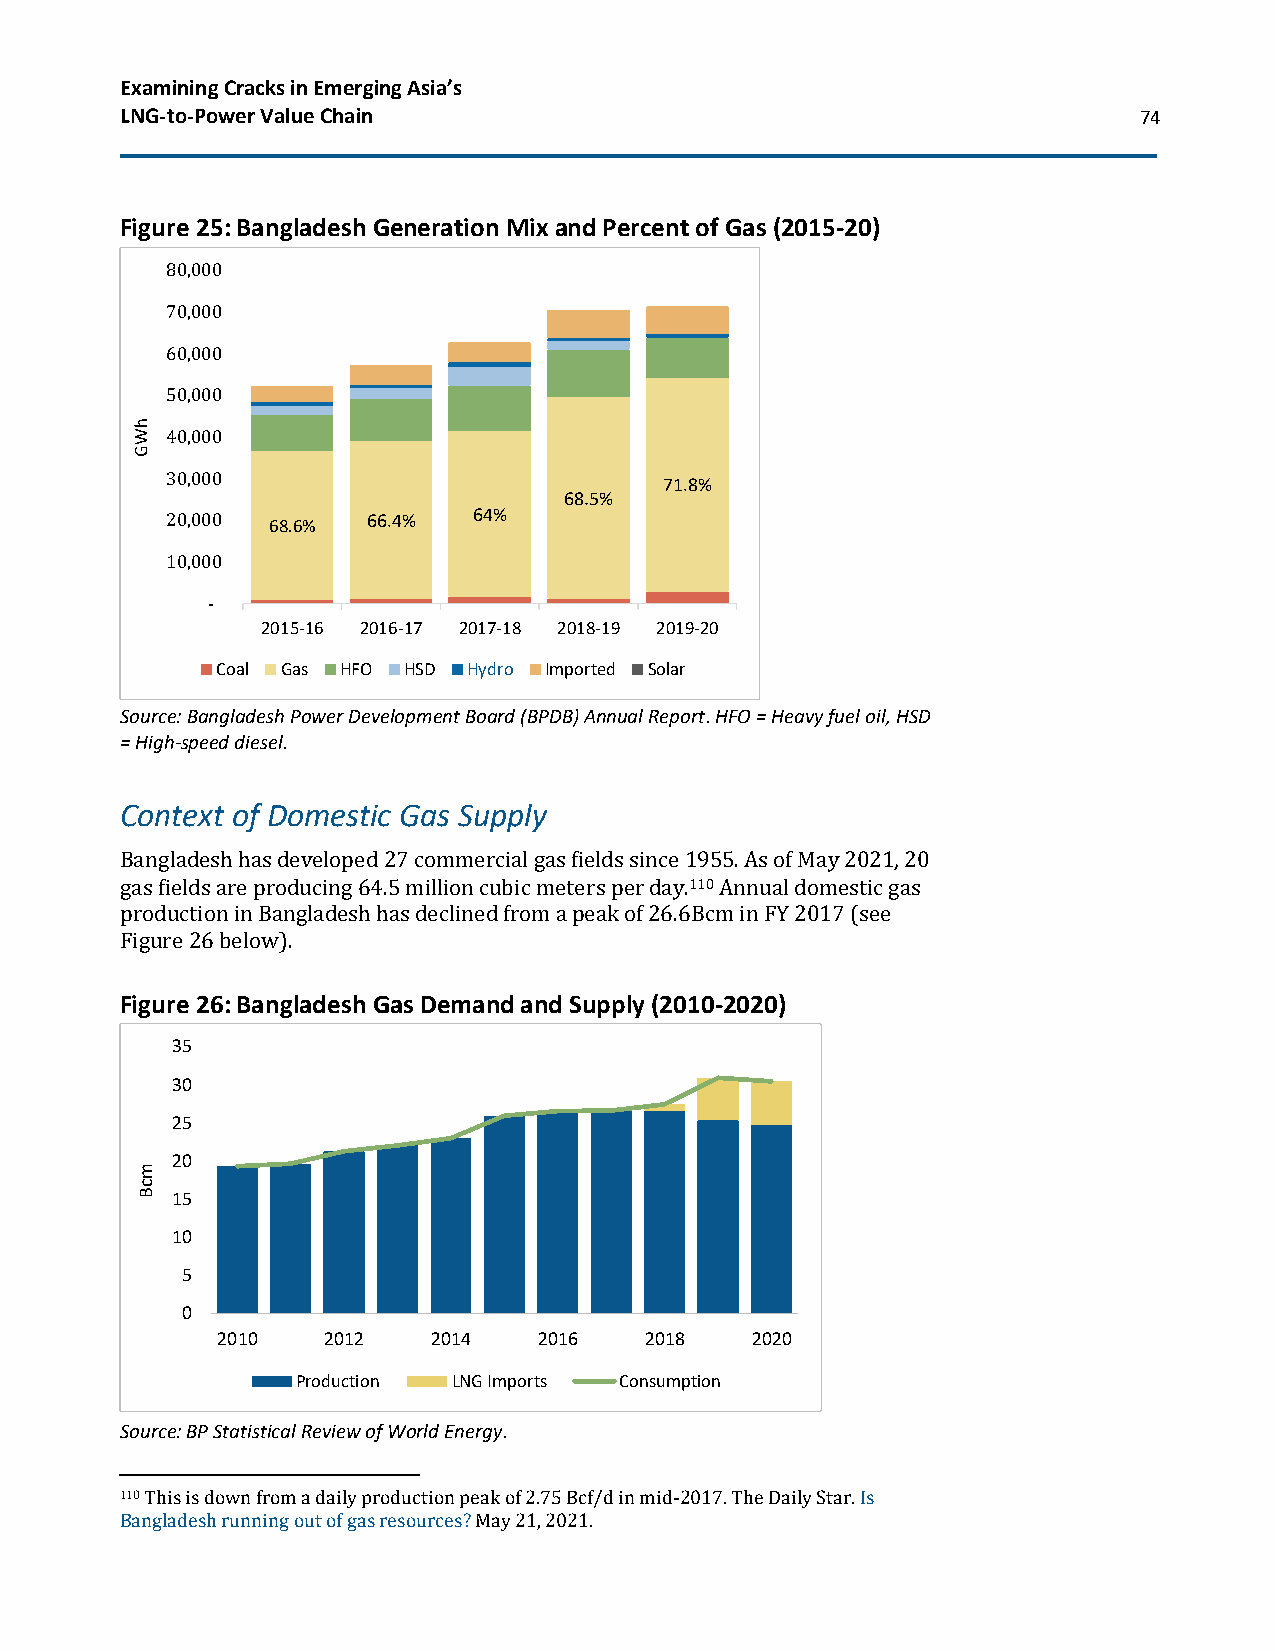
Examining Cracks in Emerging Asia’s
 LNG-to-Power Value Chain                                           74
 Figure 25: Bangladesh Generation Mix and Percent of Gas (2015-20)
 80,000
 70,000
 60,000
 50,000
 h
 W 40,000
 G
 30,000
 71.8%
 68.5%
 20,000 68.6% 66.4%  64%
 10,000
 -
 2015-16 2016-17 2017-18 2018-19 2019-20
 Coal Gas HFO HSD Hydro Imported Solar
 Source: Bangladesh Power Development Board (BPDB) Annual Report. HFO = Heavy fuel oil, HSD
 = High-speed diesel.
 Context of Domestic Gas Supply
 Bangladesh has developed 27 commercial gas fields since 1955. As of May 2021, 20
 gas fields are producing 64.5 million cubic meters per day.110 Annual domestic gas
 production in Bangladesh has declined from a peak of 26.6Bcm in FY 2017 (see
 Figure 26 below).
 Figure 26: Bangladesh Gas Demand and Supply (2010-2020)
 35
 30
 25
 20
 m
 c
 B 15
 10
 5
 0
 2010   2012    2014   2016   2018   2020
 Production LNG Imports Consumption
 Source: BP Statistical Review of World Energy.
 110 This is down from a daily production peak of 2.75 Bcf/d in mid-2017. The Daily Star. Is
 Bangladesh running out of gas resources? May 21, 2021.